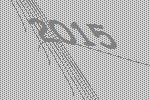
2015